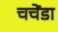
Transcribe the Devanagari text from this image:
चचेंडा